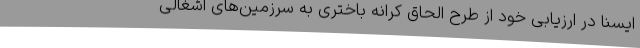
ایسنا در ارزیابی خود از طرح الحاق کرانه باختری به سرزمین‌های اشغالی